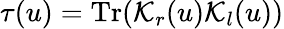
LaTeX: \tau(u)=\mathrm{Tr}({\cal K}_{r}(u){\cal K}_{l}(u))